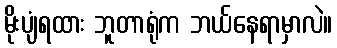
မိုးပျံရထား ဘူတာရုံက ဘယ်နေရာမှာလဲ။